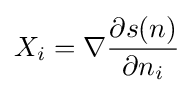
X_{i}=\nabla {\frac {\partial s(n)}{\partial n_{i}}}